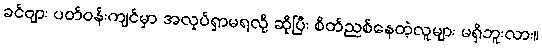
ခင်ဗျား ပတ်ဝန်းကျင်မှာ အလုပ်ရှာမရလို့ ဆိုပြီး စိတ်ညစ်နေတဲ့လူများ မရှိဘူးလား။